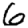
Digit: 6